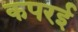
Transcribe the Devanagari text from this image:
कपरई